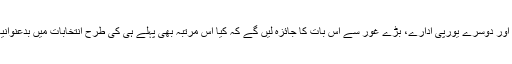
يورپی يونين، يورپی پارليمنٹ اور دوسرے يورپی ادارے، بڑے غور سے اس بات کا جائزہ ليں گے کہ کيا اس مرتبہ بھی پہلے ہی کی طرح انتخابات ميں بدعنوانياں اور دھاندلياں کی جاتی ہيں؟